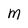
Character: M